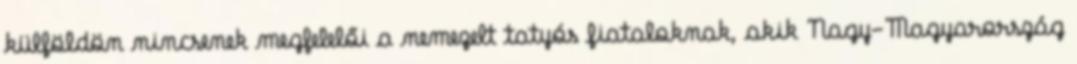
külföldön nincsenek megfelelői a nemezelt tatyós fiataloknak, akik Nagy-Magyarország